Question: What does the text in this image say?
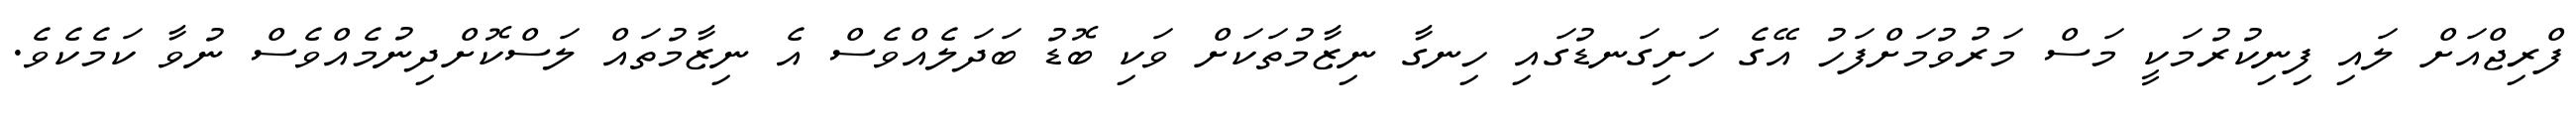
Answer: ފްރިޖްއަށް ލައި ފިނިކުރުމަކީ މަސް މަރުވުމަށްފަހު އޭގެ ހަށިގަނޑުގައި ހިނގާ ނިޒާމުތަކަށް ވަކި ބޮޑު ބަދަލެއްވެސް އެ ނިޒާމުތައް ލަސްކޮށްދިނުމެއްވެސް ނުވާ ކަމެކެވެ.